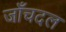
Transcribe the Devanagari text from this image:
जाँचदल